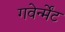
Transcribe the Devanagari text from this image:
गवेर्न्मेंट